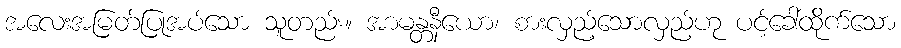
အလေးအမြတ်ပြုအပ်သော သူတည်း။ အာမန္တနီယော၊ စားလှည့်သောလှည့်ဟု ပင့်ခေါ်ထိုက်သော